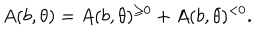
LaTeX: A ( b , \theta ) = A ( b , \theta ) ^ { \geq 0 } + A ( b , \theta ) ^ { < 0 } .